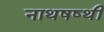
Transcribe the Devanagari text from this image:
नाथषष्थी